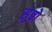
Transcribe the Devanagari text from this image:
सुबो